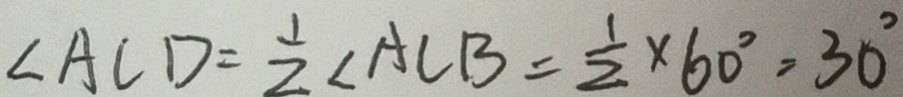
\angle A C D = \frac { 1 } { 2 } \angle A C B = \frac { 1 } { 2 } \times 6 0 ^ { \circ } = 3 0 ^ { \circ }